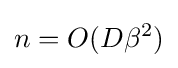
n=O(D\beta ^{2})